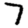
Digit: 7